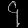
Digit: ၄